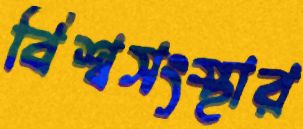
বিশ্বসংস্থার